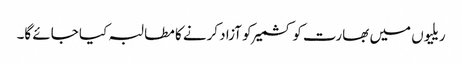
ریلیوں میں بھارت کو کشمیر کو آزاد کرنے کا مطالبہ کیا جائے گا۔